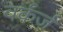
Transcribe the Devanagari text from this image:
वर्कर्ज